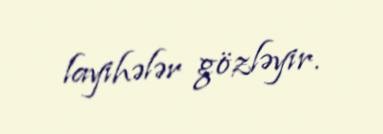
layihələr gözləyir.